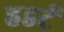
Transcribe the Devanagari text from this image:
हडर्ट